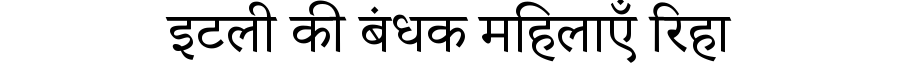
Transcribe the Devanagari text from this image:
इटली की बंधक महिलाएँ रिहा